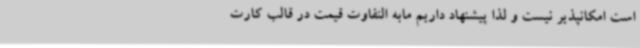
است امکانپذیر نیست و لذا پیشنهاد داریم مابه التفاوت قیمت در قالب کارت